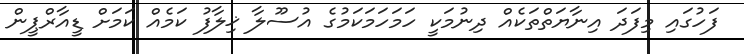
ފަހުގައި މިފަދަ އިނާޔަތްތަކެއް ދިނުމަކީ ހަމަހަމަކަމުގެ އުސޫލާ ޚިލާފު ކަމެއް ކަމަށް ޑީއާރްޕީން